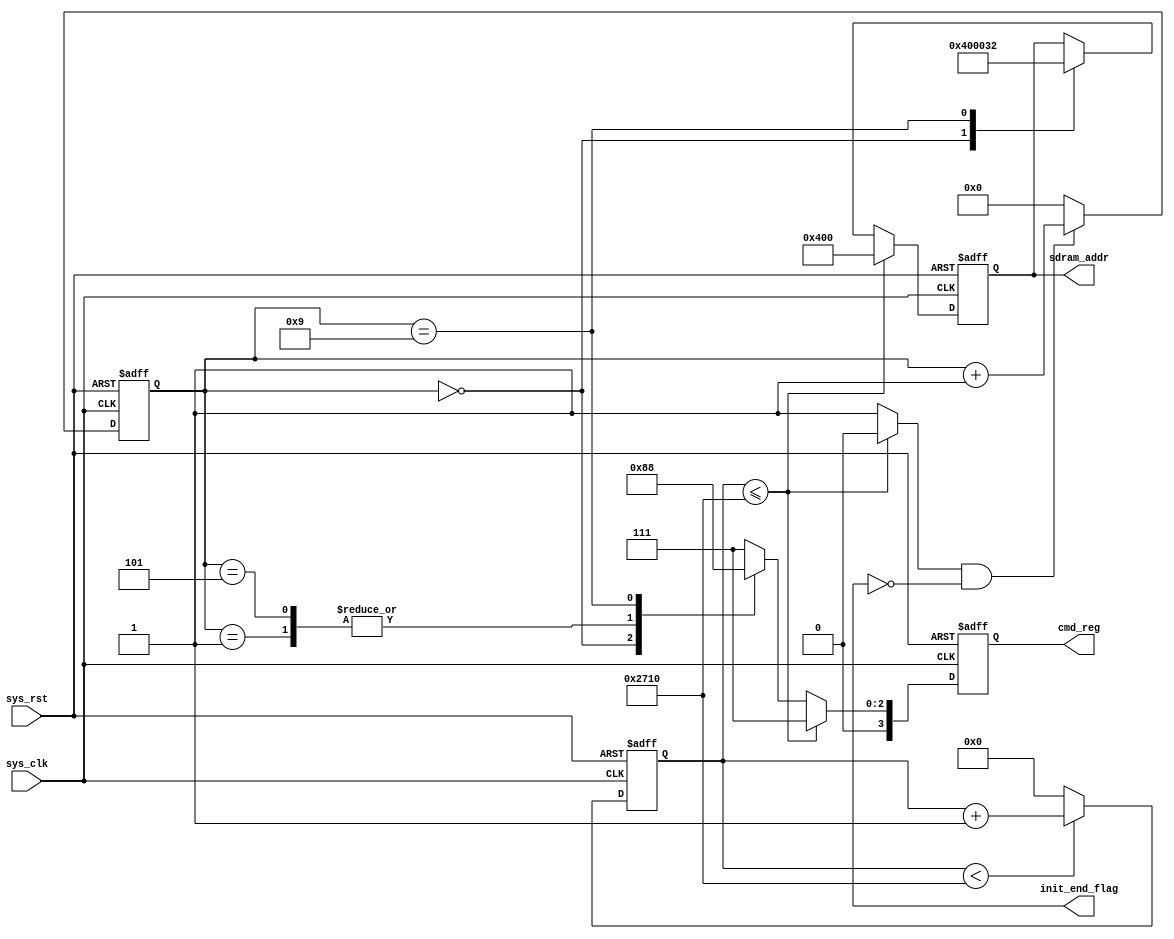
/*
written by Zyy Zhou (22670661)
used for ELEC5552 design 2 project 4 fir filter design
to implement communication between FPGA and sdram (not ddr), there should be an initialization process after releasing the reset
button. 

There should be basically 4 stages to complete the initialization:
step1: wait for 200us and do nothing to initialize internal elements inside the sdram.
step2: precharge the column wire into Vmm/2 for every storage unit
step3: refresh the storage unit and wait for 4 clk periods and then refresh the storage unit again and wait for 4 more clk periods
step4: assign signals to registers in the sdram to set the working mode
After completing all these stages then pull the init_end_flag signal high to indicate that the initialization is done
*/

module init (
	//system signals
	input                        sys_clk,     //50MHz, duration 20ns
	input                        sys_rst,
	//output signals
	output      reg   [3:0]      cmd_reg,
	output      reg  [11:0]      sdram_addr,
	output      reg              init_end_flag
	

);

// parameter define
//to initialize the sdram, 200us delay should be satisfied after the reset button is relased. 200us/20ns=10000 clk periods
localparam    delay_200_us = 14'd10000;
//commands to initialize the sdram (check the manual of the sdram chip. type used in this project:hy57v281620ftp)
localparam    NOP = 4'b0111;
localparam    PRECHARGE = 4'b0010;             //pre charge
localparam    AUTO_REFRESH = 4'b0001;          //auto refresh
localparam    MODSELECT = 4'b0000;             //mod selection


// reg define
reg           [3:0]             cnt_cmd;
reg           [13:0]            count_200_us;

//wire define
wire                            flag_200us;

//**********************************************************************
//                        main code
//**********************************************************************
//if 1000 clk periods are reached, then rise flag_200us signal to indicate that the delay is reached.
assign    flag_200us = (count_200_us <= 14'd10000) ? 1'b0 : 1'b1;
//increase the count_200_us signal by 1 after releasing the reset button for 10000 times
always @(posedge sys_clk or negedge sys_rst) begin
	if(!sys_rst) begin
		count_200_us <= 14'd0;
	end
	else if(count_200_us < 14'd10000) begin
		count_200_us <= count_200_us + 1;
	end
	else begin
		count_200_us <= 0;
	end
end

//when 200us is passed, start counting the clk period again.
always @(posedge sys_clk or negedge sys_rst) begin
	if(!sys_rst) begin
		cnt_cmd <= 4'd0;
	end
	else if (flag_200us == 1'b1 && init_end_flag == 1'b0) begin
		cnt_cmd <= cnt_cmd + 1;
	end
	else begin
		cnt_cmd <= 4'd0;
	end
end

//after 200us, output commands accordingly at different clk period.
always @(posedge sys_clk or negedge sys_rst) begin
	if(!sys_rst) begin
		cmd_reg <= NOP;
	end
	else if (flag_200us == 1'b1) begin
		case (cnt_cmd)
			0: cmd_reg <= PRECHARGE;
			1: cmd_reg <= AUTO_REFRESH;
			5: cmd_reg <= AUTO_REFRESH;
			9: cmd_reg <= MODSELECT;
		default: cmd_reg <= NOP;
		endcase
	end
	else begin
		cmd_reg <= NOP;
	end
end

//the output address will have different values when different instructions are executed.
always @(posedge sys_clk or negedge sys_rst)begin
	if(!sys_rst) begin
		sdram_addr <= 12'b0;
	end
	else if (flag_200us ==1'b1) begin  //200us latency reached
		case (cnt_cmd)
		0: sdram_addr <= 12'b0100_0000_0000;
		9: sdram_addr <= 12'b0000_0011_0010;
		endcase
	end
	else begin
		sdram_addr <= 12'b0100_0000_0000;
	end
end

endmodule